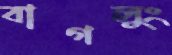
বাগলুং